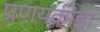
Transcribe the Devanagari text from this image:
प्रणयक्रीडा